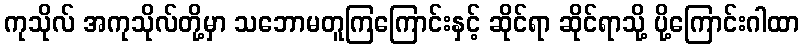
ကုသိုလ် အကုသိုလ်တို့မှာ သဘောမတူကြကြောင်းနှင့် ဆိုင်ရာ ဆိုင်ရာသို့ ပို့ကြောင်းဂါထာ